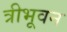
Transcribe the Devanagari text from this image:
त्रीभूवन